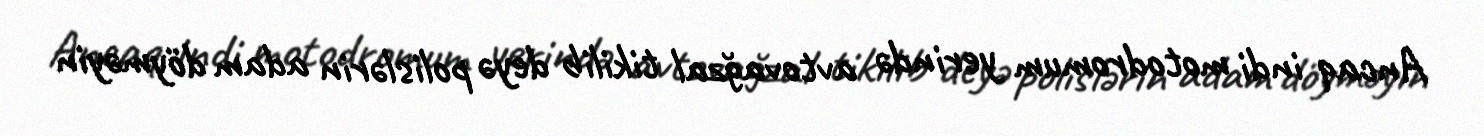
Ancaq indi motodromum yerində avtovağzal tikilib deyə polislərin adam döyməyin